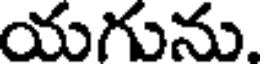
యగును.